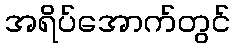
အရိပ်အောက်တွင်